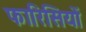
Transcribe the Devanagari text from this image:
फारिसियों